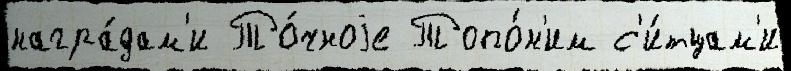
награ́дам'и То́чноjе Топо́н'им с'и́тцам'и